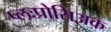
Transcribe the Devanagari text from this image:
प्लःप्रोसिअक